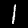
Digit: 1